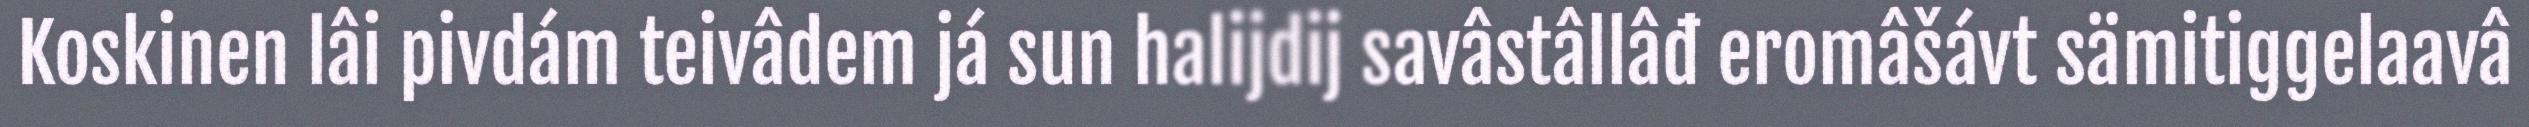
Koskinen lâi pivdám teivâdem já sun halijdij savâstâllâđ eromâšávt sämitiggelaavâ